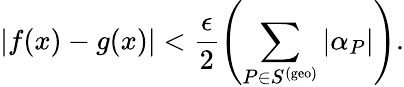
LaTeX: |f(x)-g(x)|<\frac{\epsilon}{2}\left(\sum_{P\in S^{\mathrm{(geo)}}}|\alpha_{P}|\right).